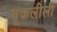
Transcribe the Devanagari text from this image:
यूकलीली